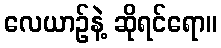
လေယာဉ်နဲ့ ဆိုရင်ရော။